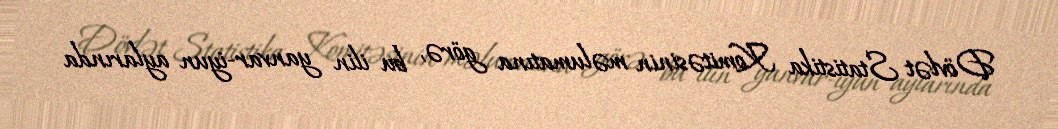
Dövlət Statistika Komitəsinin məlumatına görə, bu ilin yanvar-iyun aylarında